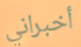
أخبراني